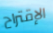
الإقتراح